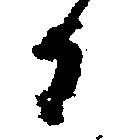
か